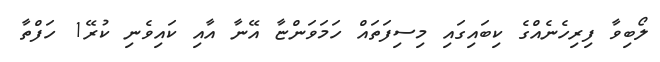
ލޯބިވާ ފިރިހެނެއްގެ ކިބައިގައި މިސިފަތައް ހަމަވަންޏާ އޭނާ އާއި ކައިވެނި ކުރޭ1 ހަފްތާ